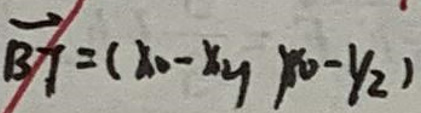
$\overrightarrow{BT}=(x_{0}-x_{4},y_{0}-y_{2})$